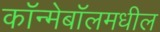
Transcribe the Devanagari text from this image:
कॉन्मेबॉलमधील